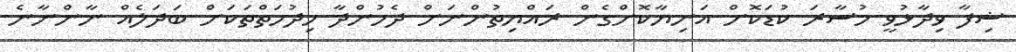
ޝިފާ ވިދާޅުވީ މުސާރަ ކުޑަކޮށް އަނިޔާކޮށްގެން ރައްޔިތުންނަށް ދެމުންދާ ހިދުމަތްތަކަށް ބަދަލެއް ނާންނާނެ